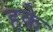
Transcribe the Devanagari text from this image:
हके